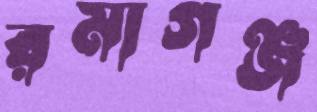
রমাগঞ্জ